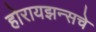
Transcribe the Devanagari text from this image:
होरायझन्सचे